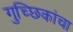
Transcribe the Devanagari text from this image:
गुच्छिकांचा